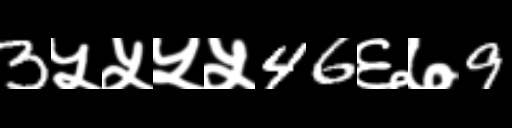
Text: 3५५५५46६७9